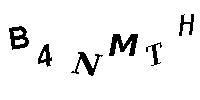
B4NMTH